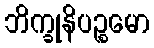
ဘိက္ခုနိပဉ္စမော